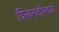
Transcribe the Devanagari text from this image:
शिवनदीमध्ये